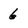
Character: 6